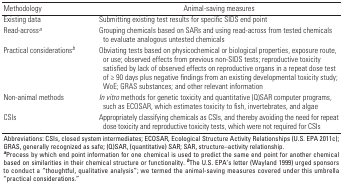
| Methodology | Animal-saving measures |
 | --- | --- |
 | Existing data | Submitting existing test results for specific SIDS end point |
 | Read-acrossa | Grouping chemicals based on SARs and using read-across from testedchemicals to evaluate analogous untested chemicals |
 | Practical considerationsb | Obviating tests based on physicochemical or biological properties,exposure route, or use; observed effects from previous non-SIDS tests;reproductive toxicity satisfied by lack of observed effects onreproductive organs in a repeat dose test of ≥ 90 days plus negativefindings from an existing developmental toxicity study; WoE; GRASsubstances; and other relevant information |
 | Non-animal methods | In vitro methods for genetic toxicity and quantitative (Q)SAR computerprograms, such as ECOSAR, which estimates toxicity to fish,invertebrates, and algae |
 | CSIs | Appropriately classifying chemicals as CSIs, and thereby avoiding theneed for repeat dose toxicity and reproductive toxicity tests, whichwere not required for CSIs |
 | <COLSPAN=3> Abbreviations: CSIs, closed system intermediates; ECOSAR,Ecological Structure Activity Relationships (U.S. EPA 2011c); GRAS,generally recognized as safe; (Q)SAR, (quantitative) SAR; SAR,structure–activity relationship. aProcess by which end point informationfor one chemical is used to predict the same end point for anotherchemical based on similarities in their chemical structure orfunctionality. bThe U.S. EPA’s letter (Wayland 1999) urged sponsors toconduct a “thoughtful, qualitative analysis”; we termed theanimal-saving measures covered under this umbrella “practicalconsiderations.” |